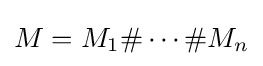
M=M_{1}\#\cdots \#M_{n}